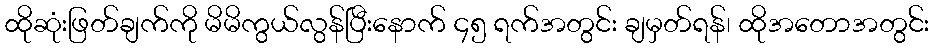
ထိုဆုံးဖြတ်ချက်ကို မိမိကွယ်လွန်ပြီးနောက် ၄၅ ရက်အတွင်း ချမှတ်ရန်၊ ထိုအတောအတွင်း